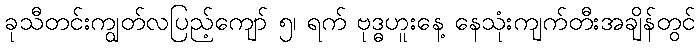
ခုသီတင်းကျွတ်လပြည့်ကျော် ၅၊ ရက် ဗုဒ္ဓဟူးနေ့ နေသုံးကျက်တီးအချိန်တွင်